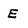
Character: E